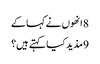
8 انھوں نے کہا کے
9 مذید کیا کہتے ہیں؟